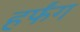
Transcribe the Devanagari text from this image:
हर्फंग